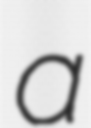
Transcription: a